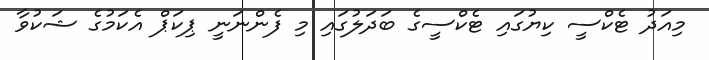
މިއަދު ޓެކްސީ ކިޔުގައި ޓެކްސީގެ ބަދަލުގައި މި ފެންނަނީ ޕިކަޕް އެކަމުގެ ޝަކުވާ